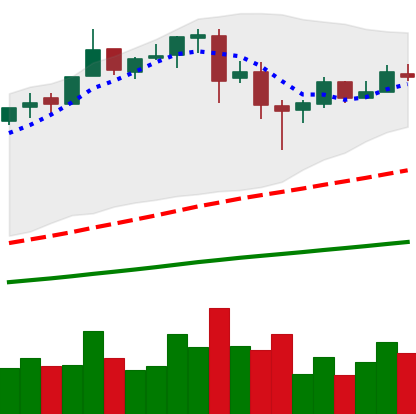
Ticker: BTC-USD
Chart end date: 2017-06-21
Forward return: -7.833%
Label: down_7plus